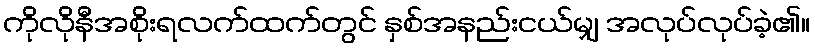
ကိုလိုနီအစိုးရလက်ထက်တွင် နှစ်အနည်းငယ်မျှ အလုပ်လုပ်ခဲ့၏။